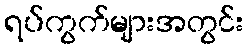
ရပ်ကွက်များအတွင်း